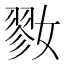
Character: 𡠢